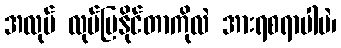
အလုပ် လုပ်ပြနိုင်တာကိုလဲ အားရစရာပါပဲ၊